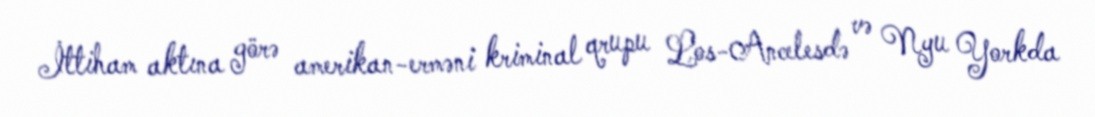
İttiham aktına görə amerikan-erməni kriminal qrupu Los-Ancelesdə və Nyu Yorkda